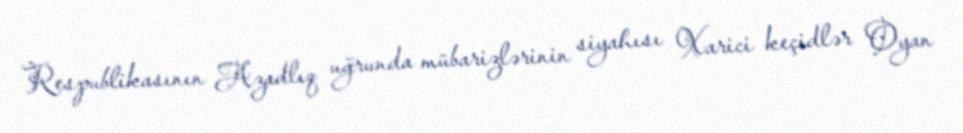
Respublikasının Azadlıq uğrunda mübarizlərinin siyahısı Xarici keçidlər Oyan